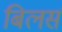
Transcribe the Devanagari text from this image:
बिलर्स